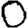
Digit: 0